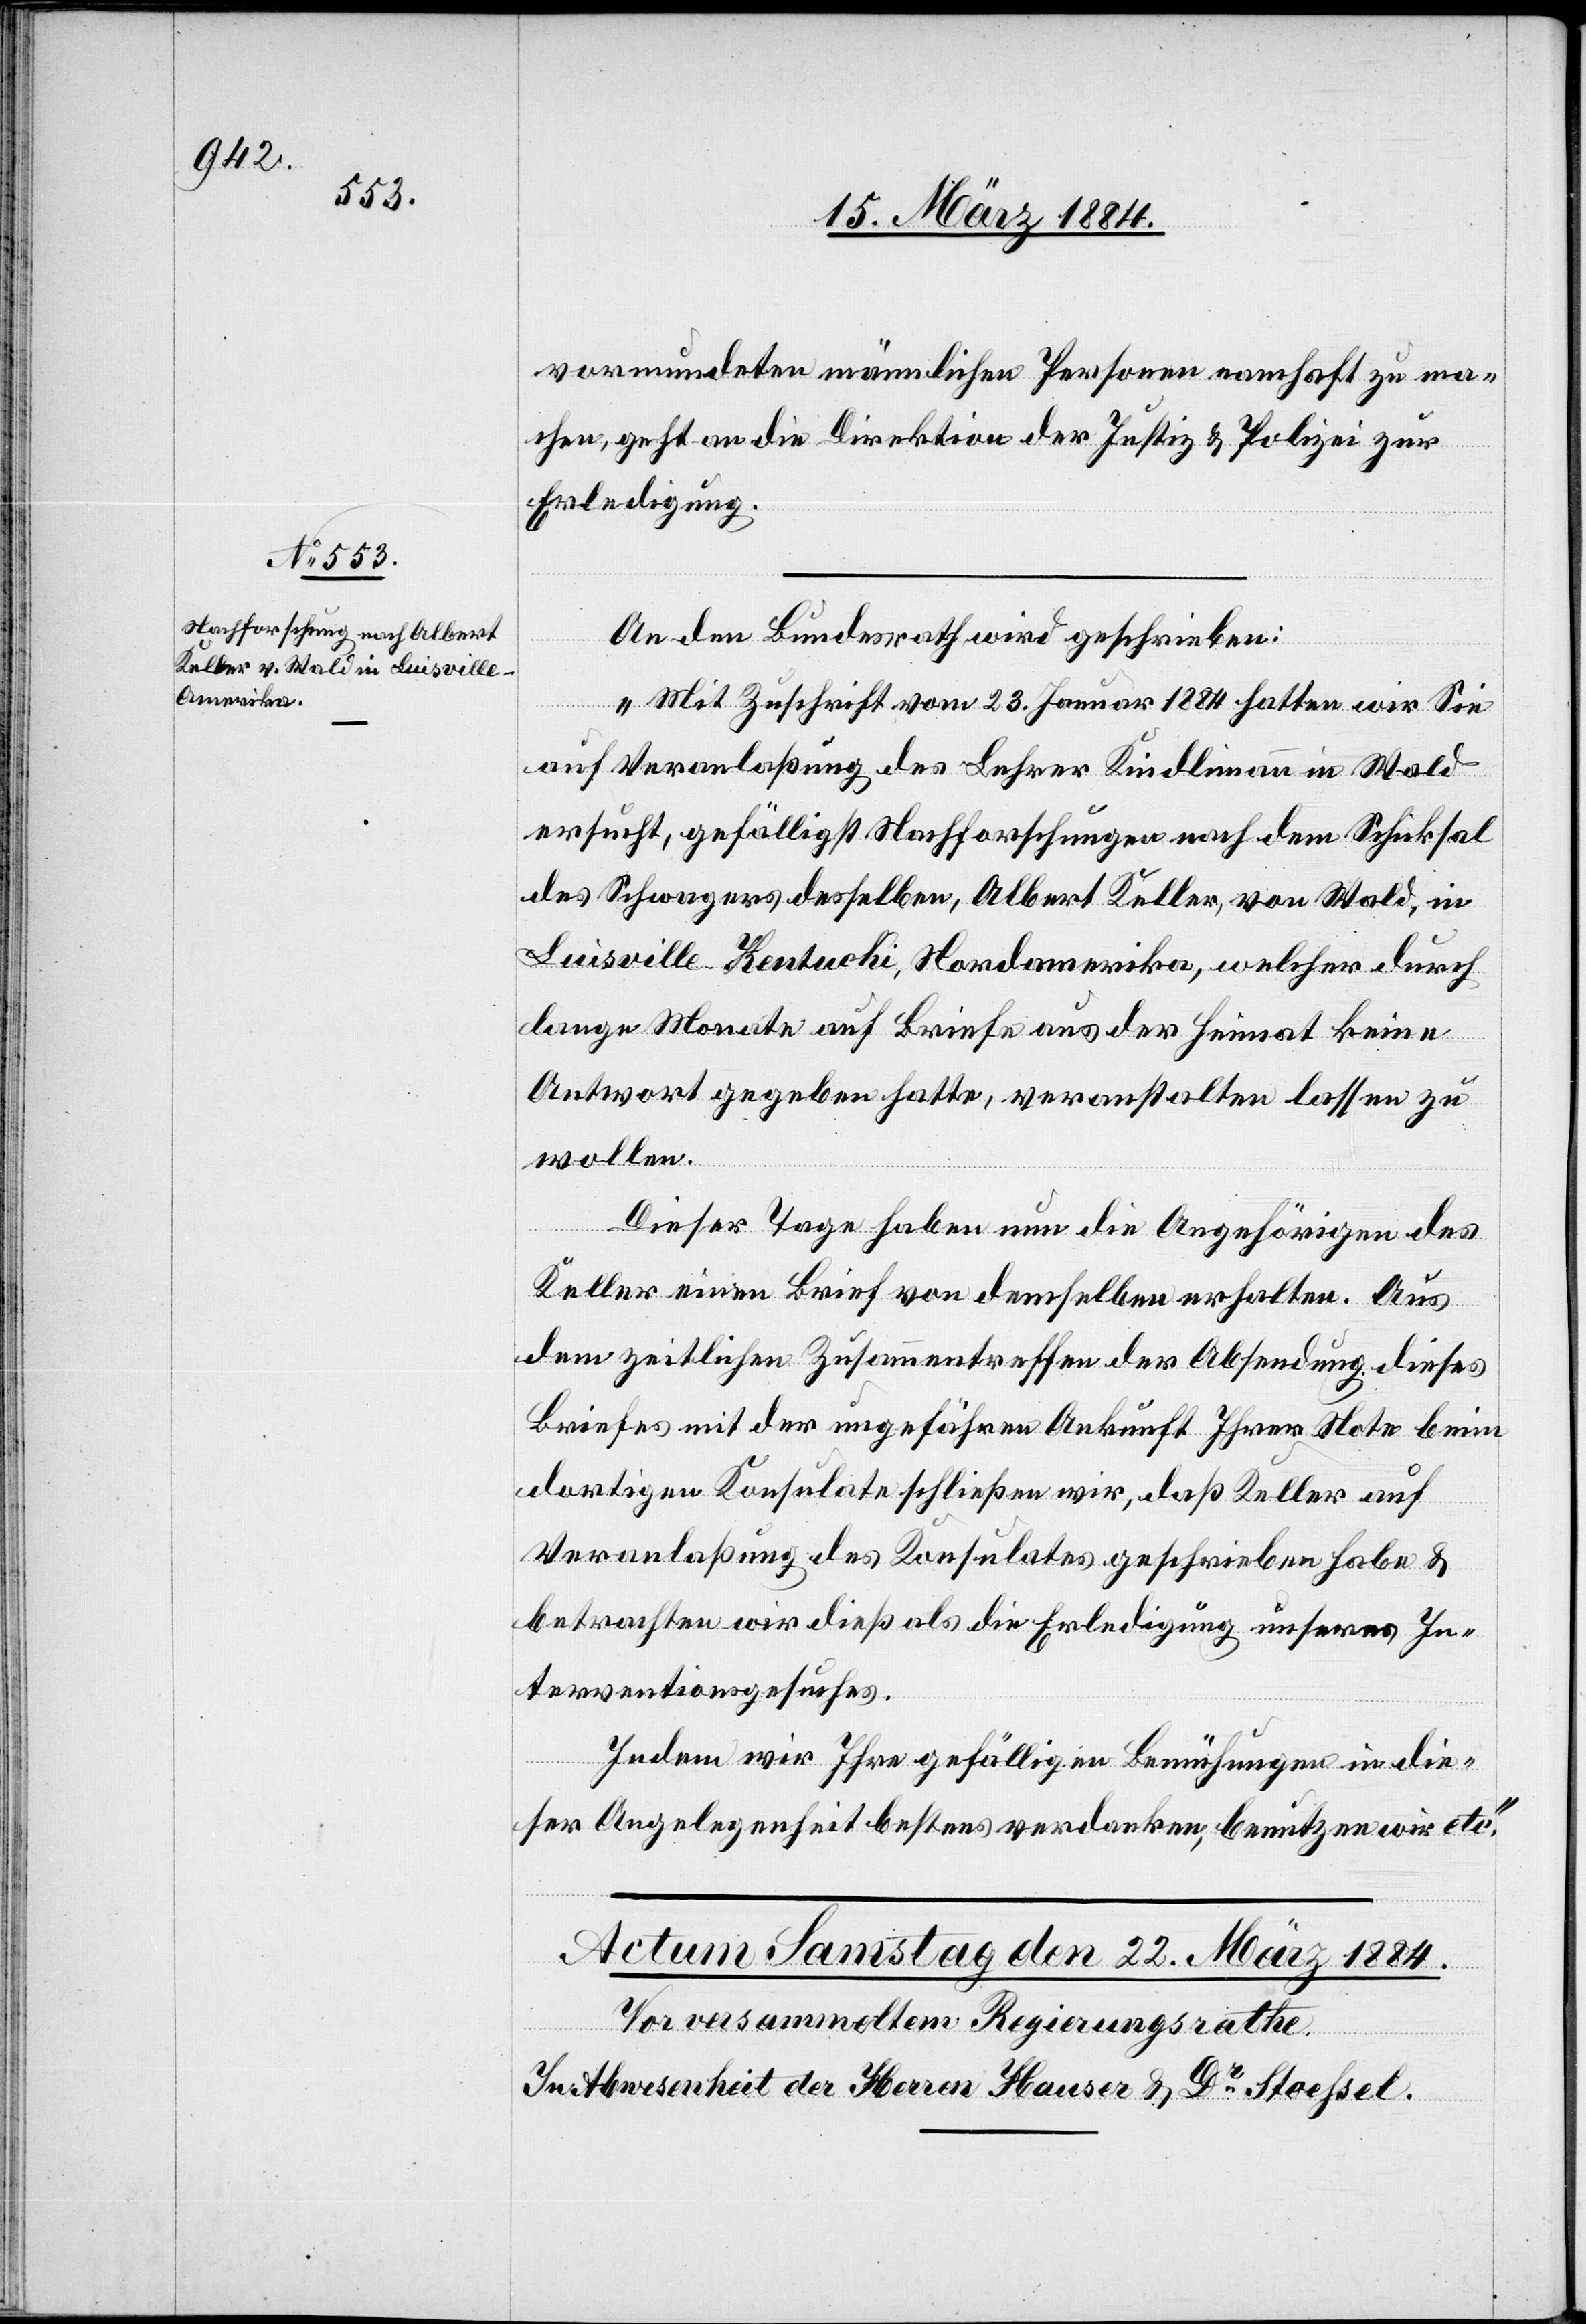
22. März 1884.]
vormundeten männliche Personen namhaft zu ma¬
chen, geht an die Direktion der Justiz & Polizei zur
Erledigung.
An den Bundesrath wird geschrieben:
„Mit Zuschrift vom 23. Januar 1884 hatten wir Sie
auf Veranlaßung des Lehrer Kindlimann in Wald
ersucht, gefälligst Nachforschungen nach dem Schicksal
des Schwagers desselben, Albert Keller, von Wald, in
Luisville - Kentuck [sic!], Nordamerika, welcher durch
lange Monate auf Briefe aus der Heimat keine
Antwort gegeben hatte, veranstalten lassen zu
wollen.
Dieser Tage haben nun die Angehörigen des
Keller einen Brief von demselben erhalten. Aus
dem zeitlichen Zusammentreffen der Absendung dieses
Briefes mit der ungefähren Ankunft Ihrer Note beim
dortigen Konsulate schließen wir, daß Keller auf
Veranlaßung des Konsulates geschrieben habe &
betrachten wir dieß als die Erledigung unseres In¬
terventionsgesuches.
Indem wir Ihre gefälligen Bemühungen in die¬
ser Angelegenheit bestens verdanken, benutzen wir etc.“